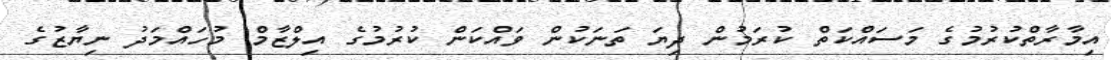
އިމާރާތްކުރުމުގެ މަސައްކަތް ކުރަމުން ދިޔަ ތަނަކުން ވައްކަން ކުރުމުގެ އިލްޒާމް މުހައްމަދު ނިޔާޒުގެ